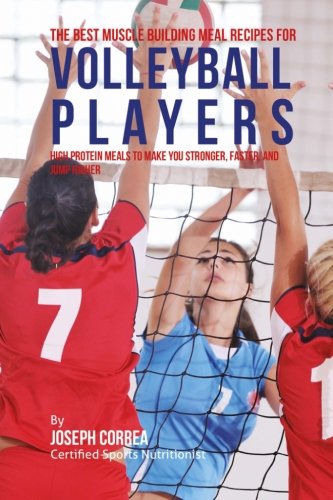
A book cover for The Best Muscle Building Meal Recipes for Volleyball Players: High Protein Meals to Make You Stronger, Faster, and Jump Higher; Joseph Correa (Certified Sports Nutritionist); Sports & Outdoors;